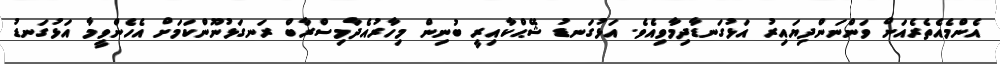
އެންމެއެތެރެއަށް ވަންނަންދިޔައިރު އަޅުގަނޑާދިމާވިއެވެ. އަޅުގަނޑު ޝޭޙްކާއިރީ ބުނިން މިހާރުއެދާމިސްރާބް ރަނގަޅުނޫންކަމަށް އެހެންވީމާ އަޅުގަނޑު